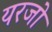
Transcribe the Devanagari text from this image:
यरजो